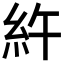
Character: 𥾿